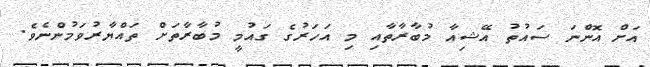
އަށް އޮންނަ ސައުތު އޭޝިއާ މުބާރާތާއި މި އަހަރުގެ ގައުމީ މުބާރާތަށް ތައްޔާރުވަމުންނެވެ.